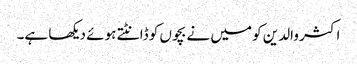
اکثر والدین کو میں نے بچوں کو ڈانٹتے ہوئے دیکھا ہے۔